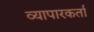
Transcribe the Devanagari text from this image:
व्यापारकर्ता